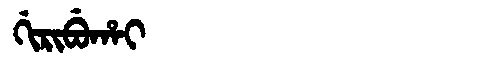
Manchu: ᡤᡳᡵᡳᠪᡠᡥᠠᡳ
Romanization: GIRIBUHAI